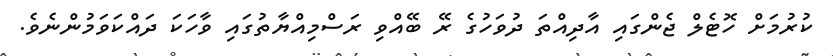
ކުރުމަށް ހޮޓެލް ޖެންގައި އާދިއްތަ ދުވަހުގެ ރޭ ބޭއްވި ރަސްމިއްޔާތުގައި ވާހަކަ ދައްކަވަމުންނެވެ.